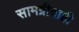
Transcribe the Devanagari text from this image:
सामग्रीवाही